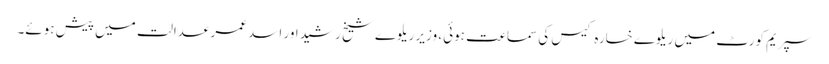
سپریم کورٹ میں ریلوے خسارہ کیس کی سماعت ہوئی، وزیر ریلوے شیخ رشید اور اسد عمر عدالت میں پیش ہوئے۔